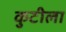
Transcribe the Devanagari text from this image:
कुटीला